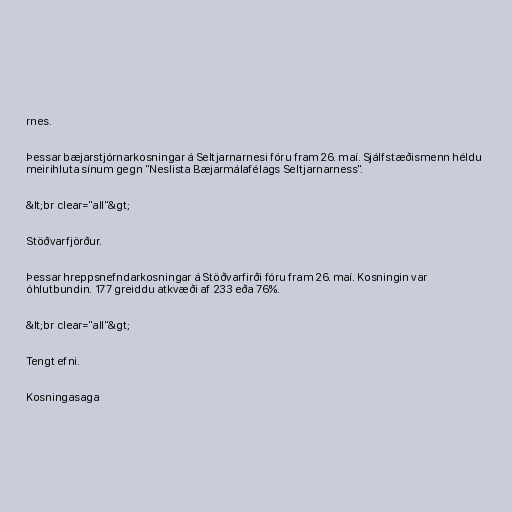
rnes.

Þessar bæjarstjórnarkosningar á Seltjarnarnesi fóru fram 26. maí. Sjálfstæðismenn héldu
meirihluta sínum gegn "Neslista Bæjarmálafélags Seltjarnarness".

&lt;br clear="all"&gt;

Stöðvarfjörður.

Þessar hreppsnefndarkosningar á Stöðvarfirði fóru fram 26. maí. Kosningin var
óhlutbundin. 177 greiddu atkvæði af 233 eða 76%.

&lt;br clear="all"&gt;

Tengt efni.

Kosningasaga